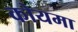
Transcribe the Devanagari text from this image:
कोयमा